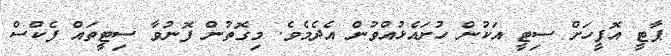
ޕާޓީ އޮފީހަށް ސިޓީ އަކުން ހުށައެޅުއްވުން އެދެމެވެ. މިގޮތުން ފޮނުވާ ސިޓީތައް ފެކްސް